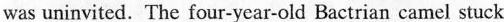
was uninvited. The four-year-old Bactrian camel stuck